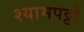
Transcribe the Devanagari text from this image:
श्यामपट्टों